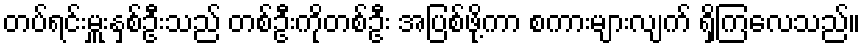
တပ်ရင်းမှူးနှစ်ဦးသည် တစ်ဦးကိုတစ်ဦး အပြစ်ဖို့ကာ စကားများလျက် ရှိကြလေသည်။